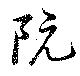
阮